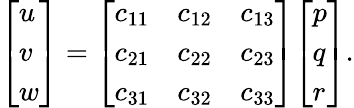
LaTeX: {\left[\begin{array}{l}{u}\\ {v}\\ {w}\end{array}\right]}={\left[\begin{array}{lll}{c_{11}}&{c_{12}}&{c_{13}}\\ {c_{21}}&{c_{22}}&{c_{23}}\\ {c_{31}}&{c_{32}}&{c_{33}}\end{array}\right]}{\left[\begin{array}{l}{p}\\ {q}\\ {r}\end{array}\right]}.